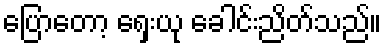
ပြောတော့ ရှေးယု ခေါင်းညိတ်သည်။